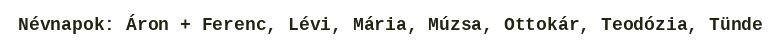
Névnapok: Áron + Ferenc, Lévi, Mária, Múzsa, Ottokár, Teodózia, Tünde